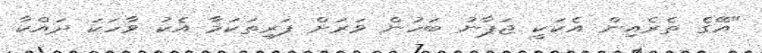
"އޭގެ ތެރެއިން އެކަކީ ޖަޕާނު ބަހުން ވަރަށް ފަރިތަކަމާ އެކު ވާހަކަ ދައްކާ